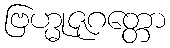
ဗြဟ္မုဇုဂတ္တော